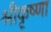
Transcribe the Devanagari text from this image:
श्रीकृष्णा